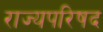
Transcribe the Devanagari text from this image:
राज्यपरिषद